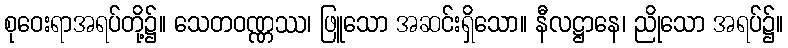
စုဝေးရာအရပ်တို့၌။ သေတဝဏ္ဏဿ၊ ဖြူသော အဆင်းရှိသော။ နီလဋ္ဌာနေ၊ ညိုသော အရပ်၌။